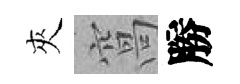
夾窩勝